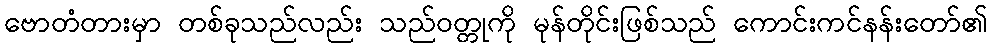
ဗောတံတားမှာ တစ်ခုသည်လည်း သည်ဝတ္တုကို မုန်တိုင်းဖြစ်သည် ကောင်းကင်နန်းတော်၏